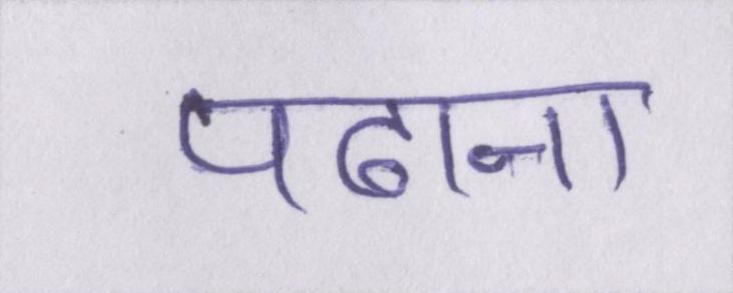
पढाना